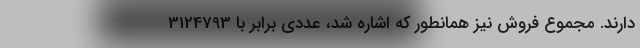
دارند. مجموع فروش نیز همانطور که اشاره شد، عددی برابر با 3124793